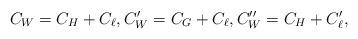
LaTeX: \begin{align*} C_W=C_H+C_\ell, C'_W=C_G+C_\ell, C''_W=C_H+C_\ell',\end{align*}